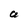
Character: a